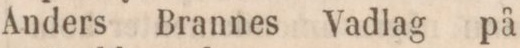
Anders Brannes Vadlag på